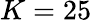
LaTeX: K=25